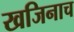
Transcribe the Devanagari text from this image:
खजिनाच